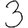
Digit: 3